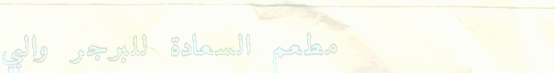
مطعم السعادة للبرجر والبي